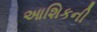
આશિકની